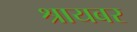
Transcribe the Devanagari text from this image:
श्रायबर